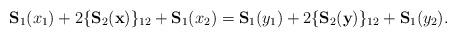
LaTeX: \begin{align*}\textbf{S}_1(x_1) + 2 \{\textbf{S}_2(\textbf{x})\}_{12} + \textbf{S}_1(x_2) = \textbf{S}_1(y_1) + 2 \{\textbf{S}_2(\textbf{y})\}_{12} + \textbf{S}_1(y_2).\end{align*}